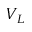
V _ { L }